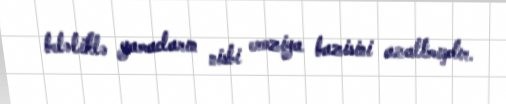
beləliklə yamacların nisbi eroziya bazisini azaltmışdır.